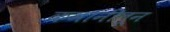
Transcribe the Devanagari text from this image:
कमानीतून